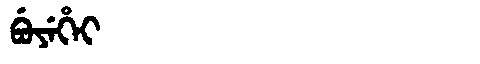
Manchu: ᠪᡠᠶᡝᡥᡝᡳ
Romanization: BUYEHEI